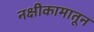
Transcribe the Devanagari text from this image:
नक्षीकामातून